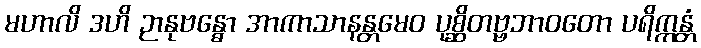
မဟာလိ ဒဟိ ဉာနုဗန္ဓော အာကာသာနန္တမေဝ ပုစ္ဆိတဗ္ဗဘာဝတော ပရိက္ကန္တံ